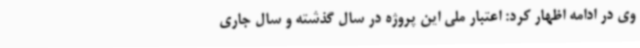
وی در ادامه اظهار کرد: اعتبار ملی این پروژه در سال گذشته و سال جاری